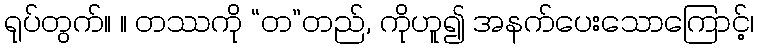
ရုပ်တွက်။ ။ တဿကို “တ”တည်, ကိုဟူ၍ အနက်ပေးသောကြောင့်၊